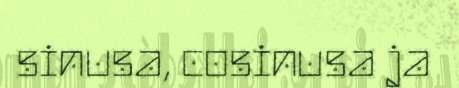
sinusa, cosinusa ja